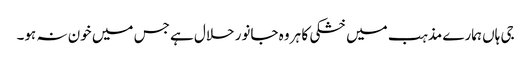
جی ہاں ہمارے مذہب میں خشکی کا ہر وہ جانور حلال ہے جس میں خون نہ ہو۔